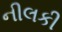
નીલકી